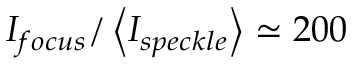
I _ { f o c u s } / \left< I _ { s p e c k l e } \right> \simeq 2 0 0